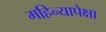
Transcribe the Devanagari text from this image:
महिन्यापेक्षा